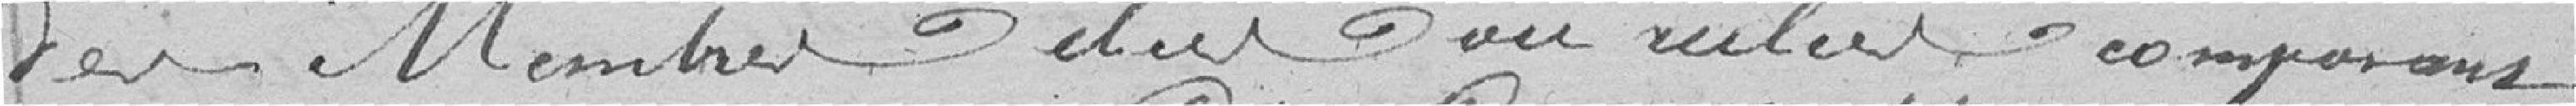
des Membres élus ou réélus composant